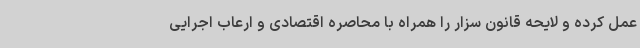
عمل کرده و لایحه قانون سزار را همراه با محاصره اقتصادی و ارعاب اجرایی